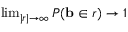
\begin{array} { r } { \operatorname* { l i m } _ { | r | \to \infty } P ( \mathbf { b } \in r ) \rightarrow 1 } \end{array}